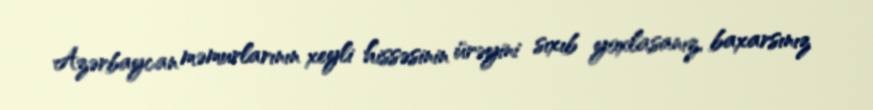
Azərbaycan məmurlarının xeyli hissəsinin ürəyini sıxıb yoxlasanız, baxarsınız